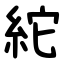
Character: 紽